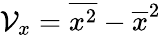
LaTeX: \mathcal{V}_{x}=\overline{{x^{2}}}-\overline{{x}}^{2}